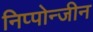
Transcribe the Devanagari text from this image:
निप्पोन्जीन